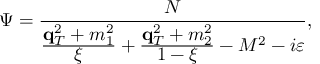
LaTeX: \Psi = \frac { \displaystyle N } { \frac { \displaystyle \mathrm { \bf q } _ { T } ^ { 2 } + m _ { 1 } ^ { 2 } } { \displaystyle \xi } + \frac { \displaystyle \mathrm { \bf q } _ { T } ^ { 2 } + m _ { 2 } ^ { 2 } } { \displaystyle 1 - \xi } - M ^ { 2 } - i \varepsilon } ,